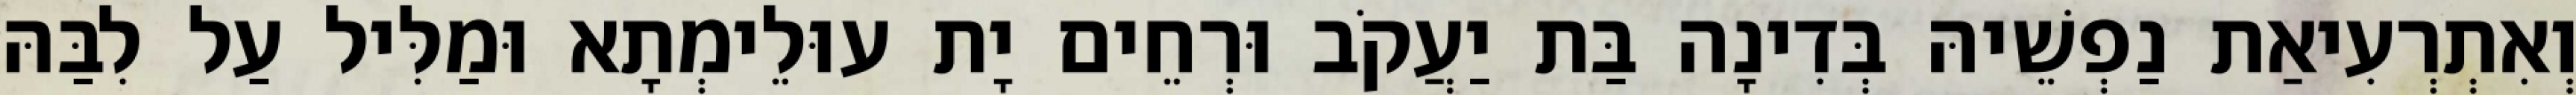
וְאִתְרְעִיאַת נַפְשֵׁיהּ בְּדִינָה בַּת יַעֲקֹב וּרְחֵים יָת עוּלֵימְתָא וּמַלִּיל עַל לִבַּהּ